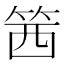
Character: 䇴